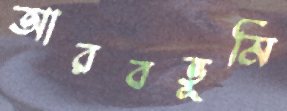
আরবভূমি